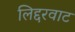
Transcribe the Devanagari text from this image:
लिद्दरवाट